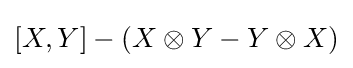
[X,Y]-(X\otimes Y-Y\otimes X)